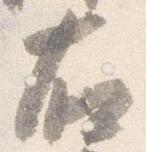
右